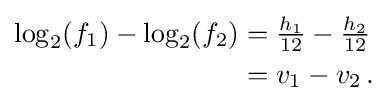
{\begin{aligned}\log _{2}(f_{1})-\log _{2}(f_{2})&={\tfrac {h_{1}}{12}}-{\tfrac {h_{2}}{12}}\\&=v_{1}-v_{2}\,.\end{aligned}}